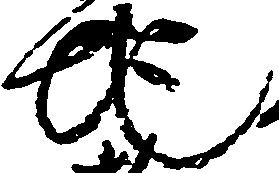
地